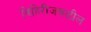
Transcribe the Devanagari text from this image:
विहिरीजवळील